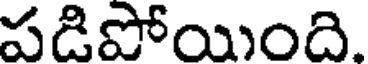
పడిపోయింది.